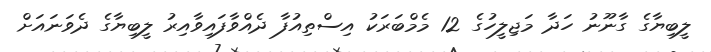
ލީބިޔާގެ ގާނޫނު ހަދާ މަޖިލީހުގެ 12 މެމްބަރަކު އިސްތިއުފާ ދެއްވާފައިވާއިރު ލީބިޔާގެ ދެވަނައަށް